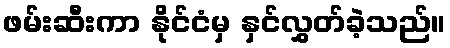
ဖမ်းဆီးကာ နိုင်ငံမှ နှင်လွှတ်ခဲ့သည်။